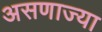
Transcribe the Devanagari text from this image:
असणाज्या